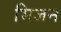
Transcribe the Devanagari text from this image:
भिजन